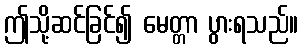
ဤသို့ဆင်ခြင်၍ မေတ္တာ ပွားရသည်။